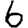
Digit: 6